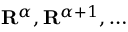
\mathbf { R } ^ { \alpha } , \mathbf { R } ^ { \alpha + 1 } , \ldots